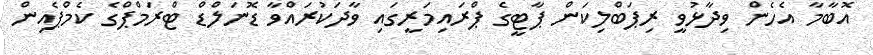
އޮބާމާ އެހެން ވިދާޅުވީ ރިޕަބްލިކަން ޕާޓީގެ ޕްރައިމަރީގައި ވާދަކުރައްވާ ޑޮނަލްޑް ޓްރަމްޕްގެ ކެމްޕެއިން